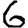
Digit: 6